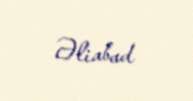
Əliabad